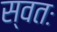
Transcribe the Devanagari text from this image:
स्वतः